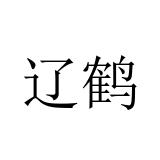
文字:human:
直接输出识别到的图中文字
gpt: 辽鹤